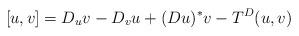
LaTeX: \begin{align*}[u, v] = D_{u}v - D_{v} u + (Du)^{*} v - T^{D}(u, v)\end{align*}